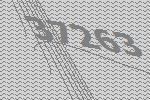
37263